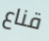
قناع